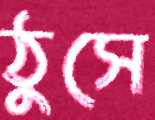
ঠুসে